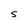
Character: S